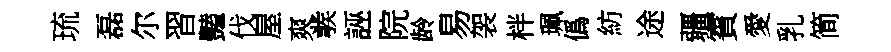
琉磊尔習豔伐屋爽彂誣院龄易袈柈珮僞紡途疆賓愛乳简